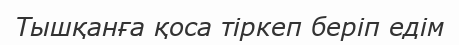
Тышқанға қоса тiркеп берiп едiм